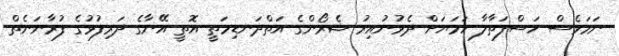
ނަމަވެސް ހަސްފަތާލާ ހަމަޔަށް ދެވުނުއިރު ޝެރޯންގެ އަތްދަނޑިމަތީ އޮތީ އޭނާގެ ދަރިފުޅުގެ ފުރާނަނެތް